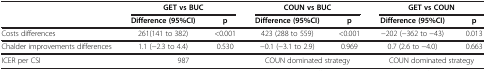
|  | <COLSPAN=2> GET vs BUC | <COLSPAN=2> COUN vs BUC | <COLSPAN=2> GET vs COUN |
 |  | Difference (95%CI) | p | Difference (95%CI) | p | Difference (95%CI) | p |
 | --- | --- | --- | --- | --- | --- | --- |
 | Costs differences | 261(141 to 382) | <0.001 | 423 (288 to 559) | <0.001 | −202 (−362 to −43) | 0.013 |
 | Chalder improvements differences | 1.1 (−2.3 to 4.4) | 0.530 | −0.1 (−3.1 to 2.9) | 0.969 | 0.7 (2.6 to −4.0) | 0.663 |
 | ICER per CSI | 987 |  | COUN dominated strategy |  | COUN dominated strategy |  |